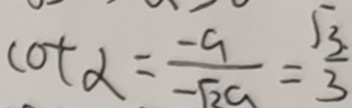
\cot \alpha = \frac { - 9 } { - \sqrt { 2 a } } = \frac { \sqrt { 3 } } { 3 }